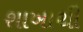
શાખાથી